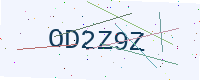
Text: OD2Z9Z